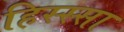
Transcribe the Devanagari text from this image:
हिस्स्सा